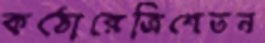
কঠোরেত্রিশেতন